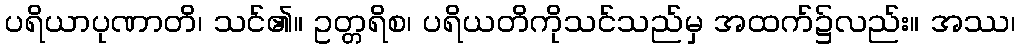
ပရိယာပုဏာတိ၊ သင်၏။ ဥတ္တရိစ၊ ပရိယတိကိုသင်သည်မှ အထက်၌လည်း။ အဿ၊